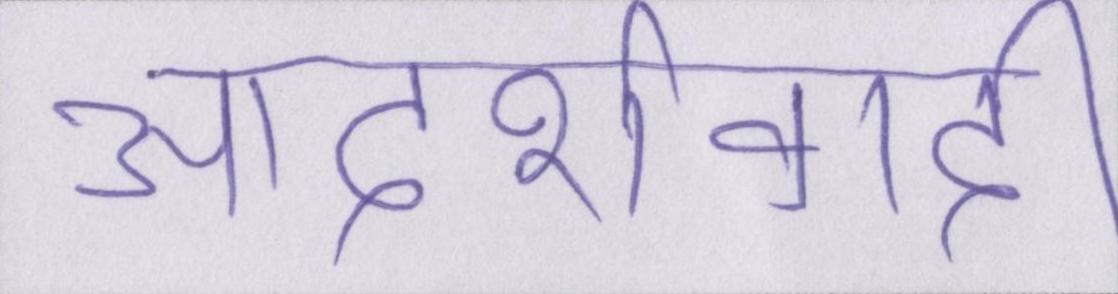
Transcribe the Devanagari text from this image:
आदर्शवादी